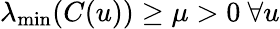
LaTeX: \lambda_{\operatorname*{min}}(C(u))\geq\mu>0\ \forall u